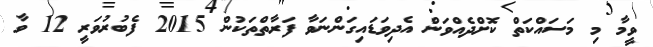
ވީމާ މި މަސައްކަތް ކޮށްދެއްވަން އެދިވަޑައިގަންނަވާ ފަރާތްތަކުން 2015 ފެބުރުވަރީ 12 ވާ